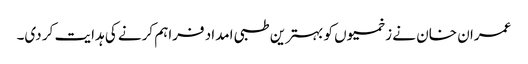
عمران خان نے زخمیوں کو بہترین طبی امداد فراہم کرنے کی ہدایت کر دی۔